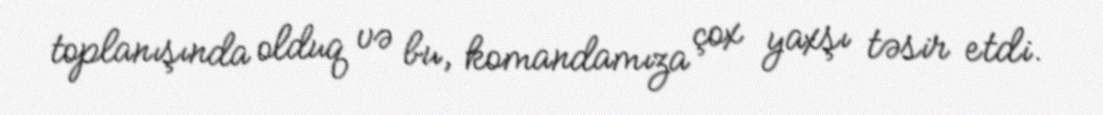
toplanışında olduq və bu, komandamıza çox yaxşı təsir etdi.